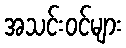
အသင်းဝင်များ